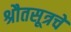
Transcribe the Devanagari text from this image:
श्रौतसूत्रचे